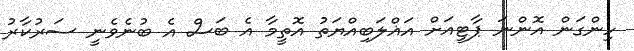
ހިންގަން އޮންނަ ޕާޓީއަށް އަޣްލަބިއްޔަތު އޮތީމާ އެ ބަސް އެ ބުނެވެނީ ސަރުކާރު